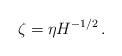
LaTeX: \begin{align*}\zeta=\eta H^{-1/2}\,.\end{align*}